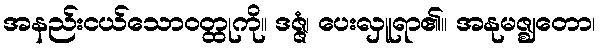
အနည်းငယ်သောဝတ္ထုကို။ ဒဇ္ဇံ၊ ပေးလှူရာ၏။ အနုမဇ္ဈတော၊